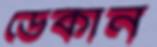
ডেকান